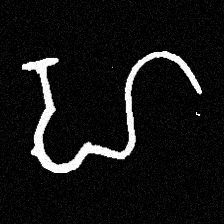
Pyu character \u2014 Myanmar letter: ဟ (romanized: ha)